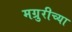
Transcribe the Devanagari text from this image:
मग्रुरीच्या